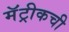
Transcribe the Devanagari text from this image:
मॅट्रीकची